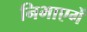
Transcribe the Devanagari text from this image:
निभाएगें